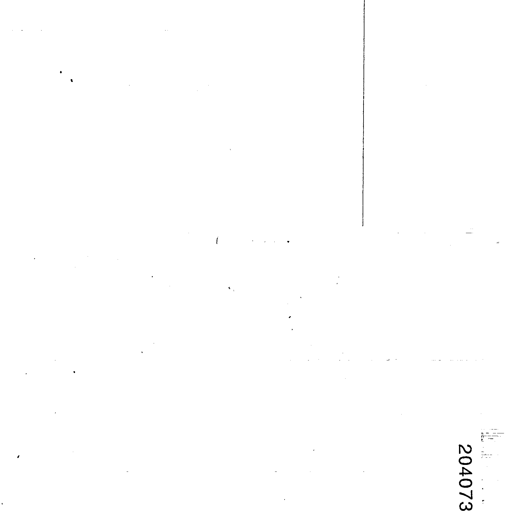
204073